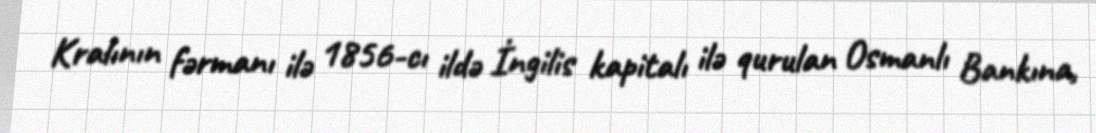
Kralının fərmanı ilə 1856-cı ildə İngilis kapitalı ilə qurulan Osmanlı Bankına,